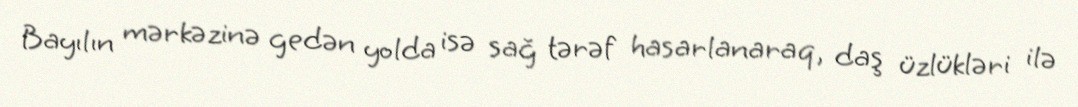
Bayılın mərkəzinə gedən yolda isə sağ tərəf hasarlanaraq, daş üzlükləri ilə